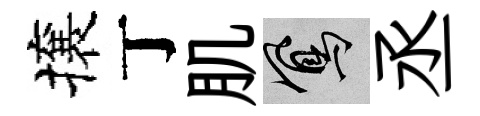
攘丁肌鳳丞